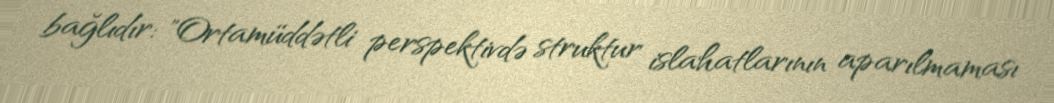
bağlıdır: "Ortamüddətli perspektivdə struktur islahatlarının aparılmaması